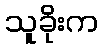
သူခိုးက